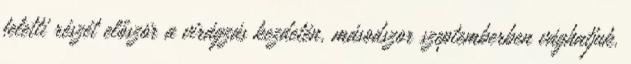
feletti részét először a virágzás kezdetén, másodszor szeptemberben vághatjuk.